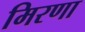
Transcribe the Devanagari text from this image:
मिरणा